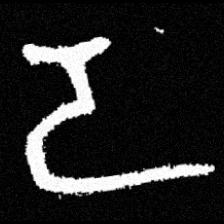
Pyu character \u2014 Myanmar letter: ဒ (romanized: da)